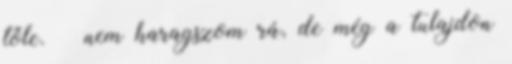
tőle. – nem haragszom rá, de még a tulajdon